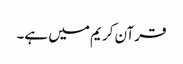
قرآن کریم میں ہے۔